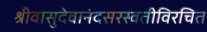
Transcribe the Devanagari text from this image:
श्रीवासुदेवानंदसरस्वतीविरचित